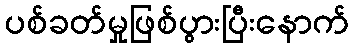
ပစ်ခတ်မှုဖြစ်ပွားပြီးနောက်